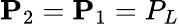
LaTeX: \mathbf{P}_{2}=\mathbf{P}_{1}=P_{L}